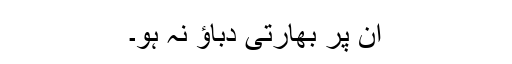
ان پر بھارتی دباؤ نہ ہو۔